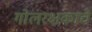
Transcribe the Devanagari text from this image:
गोलरक्षकाचे